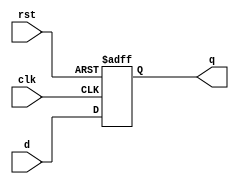
module d_flip_flop (
    input wire clk,
    input wire rst,
    input wire d,
    output reg q
);

    always @(posedge clk or posedge rst) begin
        if (rst) begin
            q <= 1'b0; // Reset the output
        end else begin
            q <= d; // Update q to the value of d
        end
    end

endmodule